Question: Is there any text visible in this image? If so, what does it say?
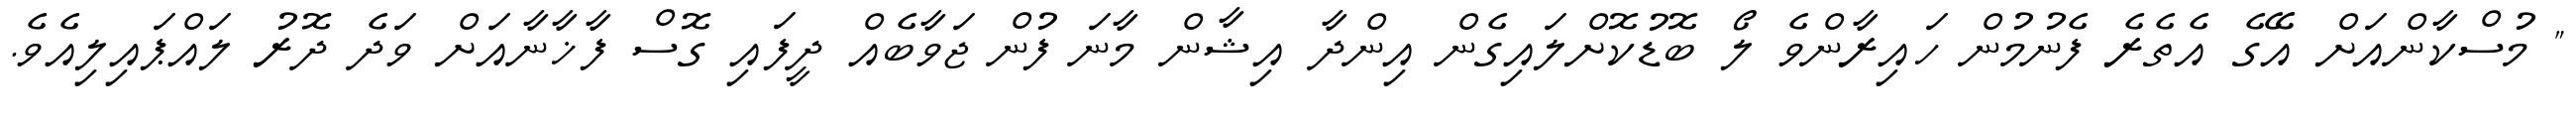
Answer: " މުސްކާންއަށް އޭގެ އެތެރެ ފެނުމުން ހައިރާންވެ ލޯ ބޮޑުކޮށްލައިގެން އިންދާ އިޝާން މާނަ ފުން ޖަވާބެއް ދީފައި ގޮސް ފާޚާނާއަށް ވަދެ ދޮރު ލައްޕައިލިއެވެ.